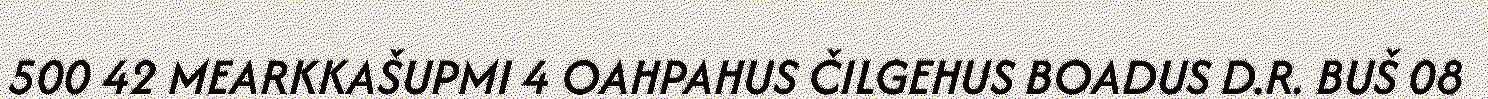
500 42 MEARKKAŠUPMI 4 OAHPAHUS ČILGEHUS BOADUS D.R. BUŠ 08